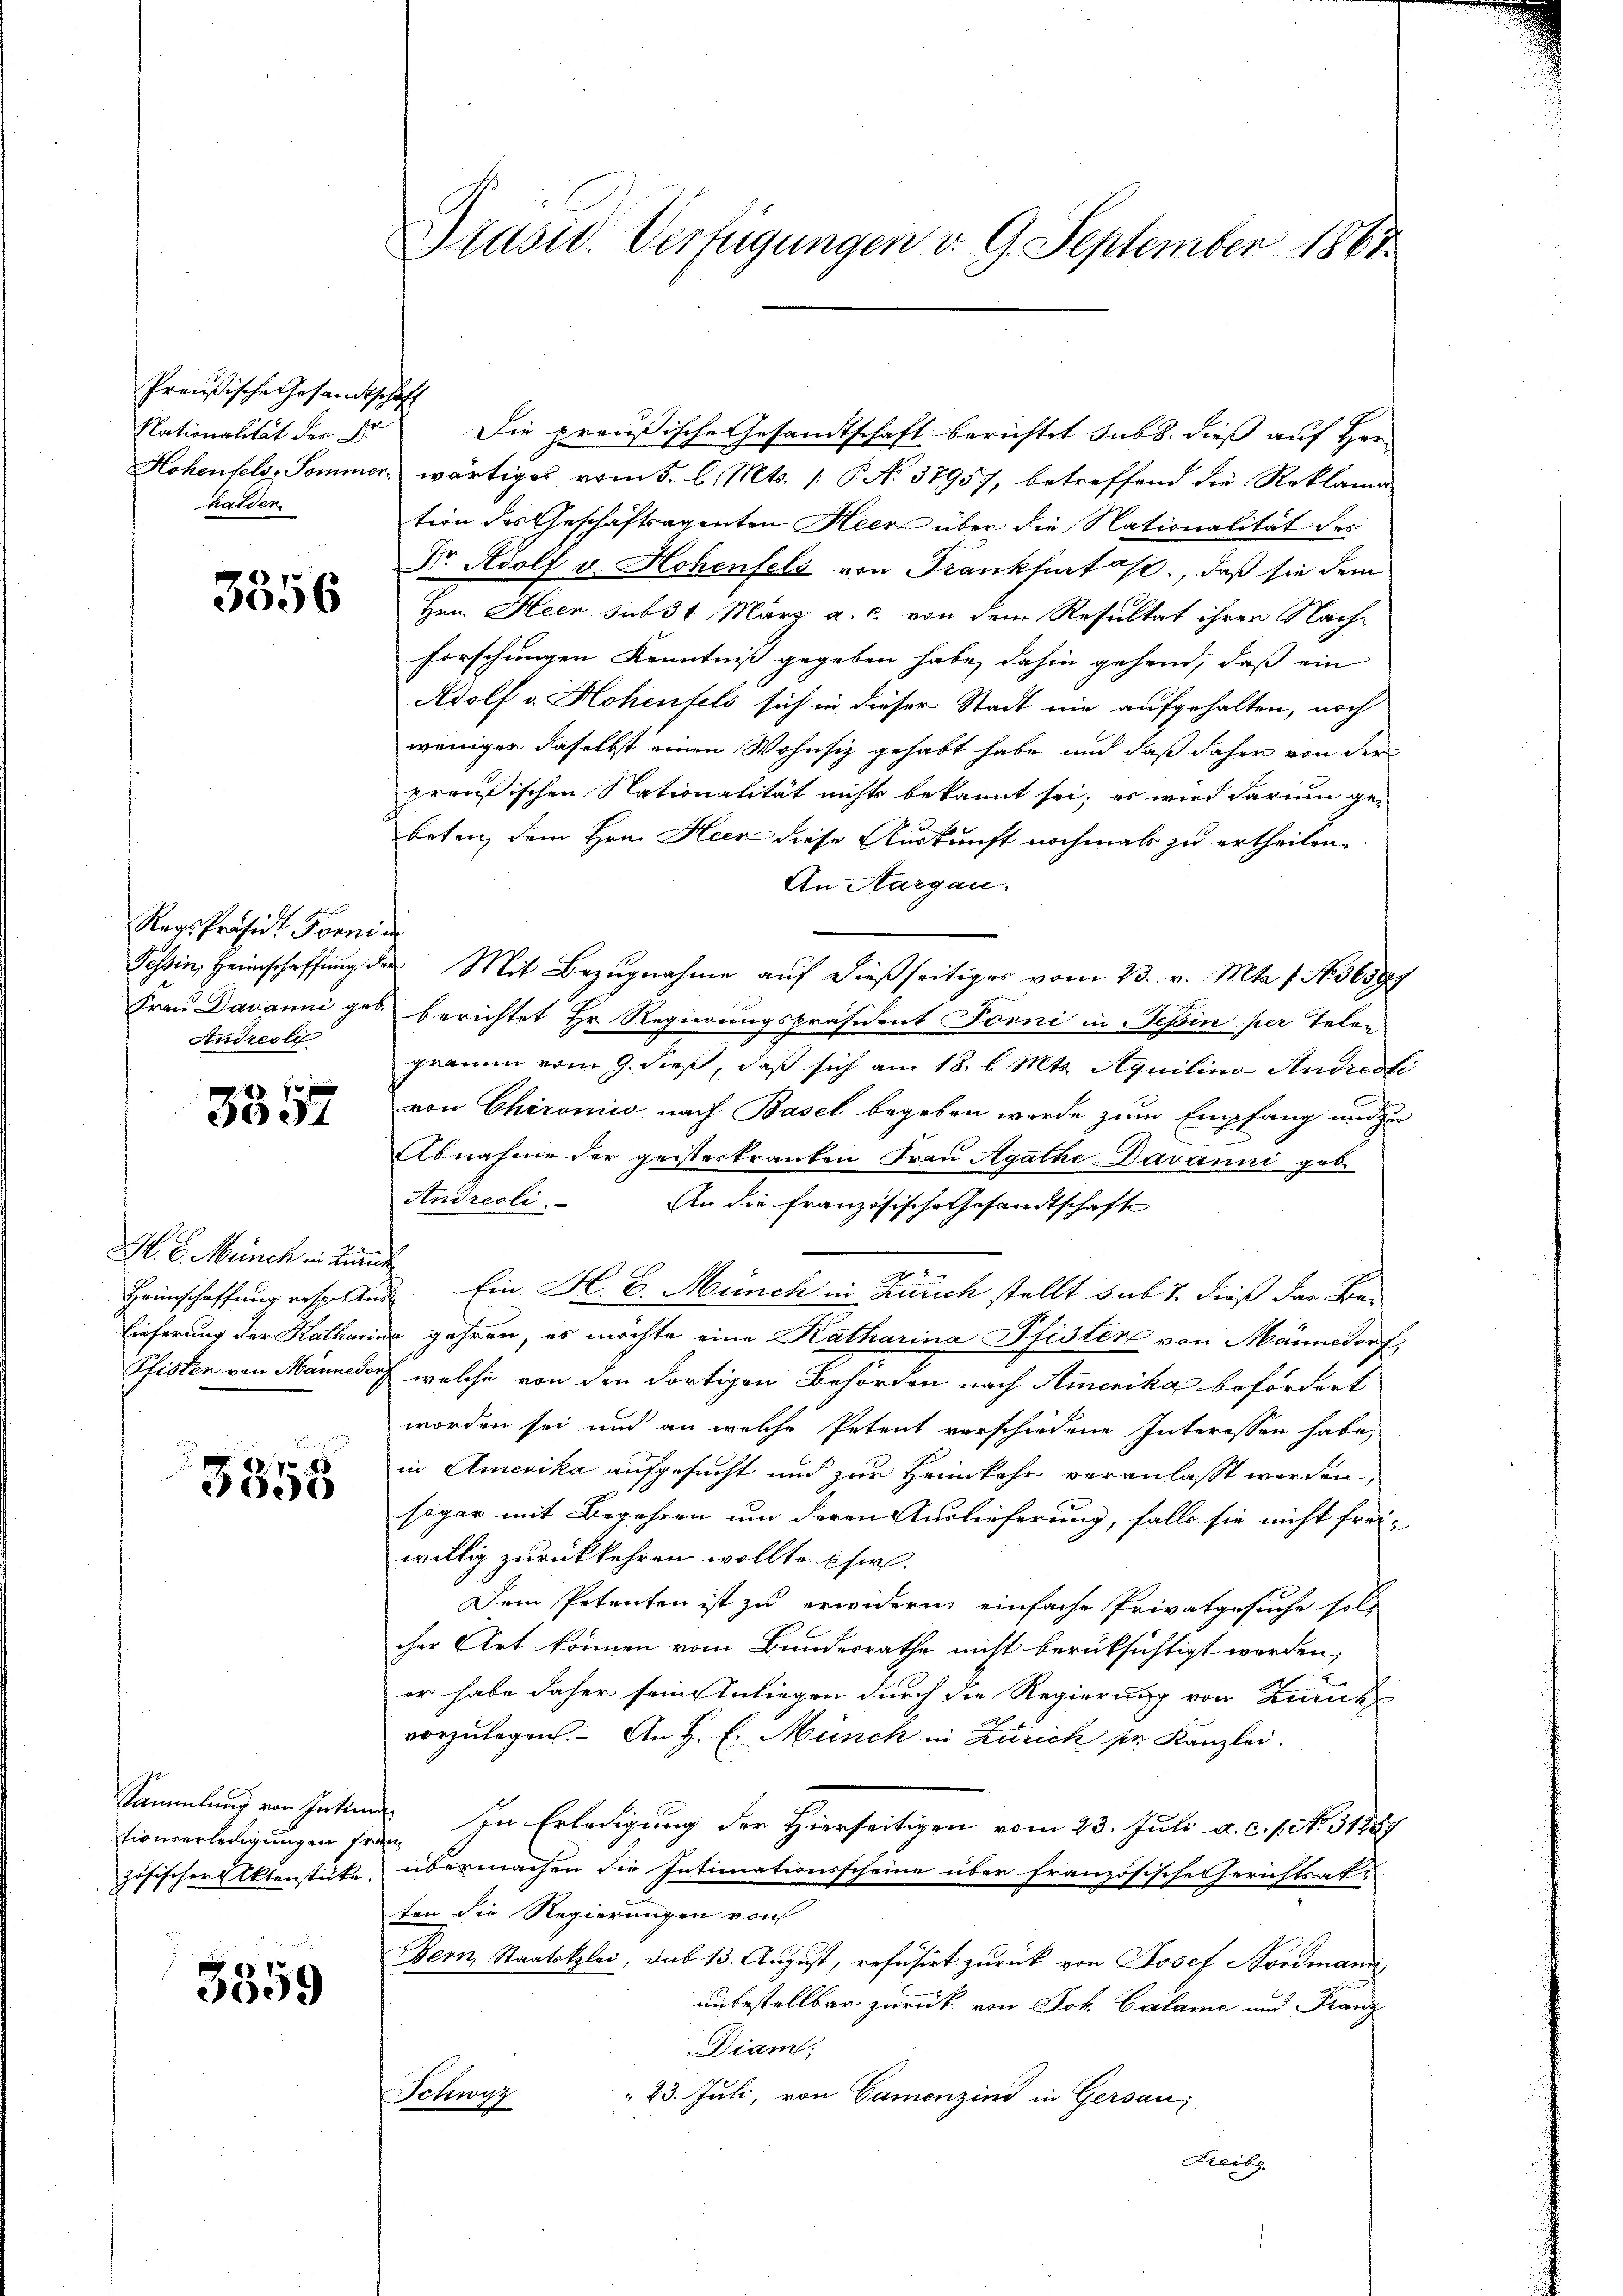
Preußische Gesandtschaft
Nationalität der Dr.
halder.

3356

n
Regs-Präsid. Form d
Andreoli

3557

M. v. Münch in Zürich

3358

Sammlung von Intim

3359

Die preußische Gesandtschaft berichtet sub. dieß auf Her
Hohenfels, Sommer wärtiges vom 5. l. Mts. [ P. No 37957, betreffend die Reklamation des Geschäftsagenten Heer über die Nationalität des
Dr. Adolf v. Hohenfels von Frankhertes, daß sie dem
Hrn. Heer sub 31. März a. c. von dem Resultat ihrer Nach-
Forschungen Kenntniß gegeben habe, dahin gehend, daß ein
Adolf v. Hohenfels sich in dieser Stadt nie aufgehalten, noch
weniger daselbst einen Wohnsiz gehabt habe und daß daher von der
preußischen Nationalität nichts bekannt sei; es wird darum ge-
boten, dem Hrn. Heer diese Auskunft nochmals zu ertheilen.
An Aargau.
Tessin, Heimschaffŭng der Mit Bezŭgnahme aŭf dießseitiges vom 23. v. Mts. 1. No. 36597
Frau Davanniges berichtet Hr. Regierungspräsident Forni in Tessin per Telen
gramm vom 9. dies, daß sich am 18. d. Mts. Aquilino Andresti
von Chironico nach Basel begeben werde zum Empfang und zu
Abnahme der geisterkranken Frau Agathe Davanni geb.
Andreoli.
An die Französische Gesandtschaft
.
Heimschaffung respelten. Ein H. E. Münch in Zürich stellt sub 1. dieß der Bau
lieferung der Katharina gehren, es möchte eine Katharina Pfisten von Männedorf,
Pfister von Männedorf welche von den dortigen Behörden nach Amerika befördert
worden sei und an welche Petent verschiedene Interessen habe,
in Amerika aufgesucht und zur Heimkehr veranlasst werden,
sogar mit Begehren um deren Auslieferung, falls sie nicht frei-
willig zurückkehren wollte si
Dem Petenten ist zu erwidern einfache Privatgesuche soll
cher Art können vom Bundesrathe nicht berüksichtigt werden,
er habe daher sein Intiegen durch die Regierung von Zurück
vorzulegen. An H. E. Münch in Zürich sr. Kanzlei.
tinverledigungen trin in Erledigung der Hierseitigen vom 23. Juli a. c. s. No. 31889
zösischer Aktenstücke, übermachen die Intimationsscheine über französische Gerichtsatz
ten die Regierungen von
Bern, Staatsklei, sub 13. August, refusirt zurück von Josef Nordmann,
unbestellbar zurück von Joh. Calame und Franz
Diam,
Schwyz
23. Juli, von Camenzins in Gersau
Freib

Präsid. Verfügungen d. 9. September 1867